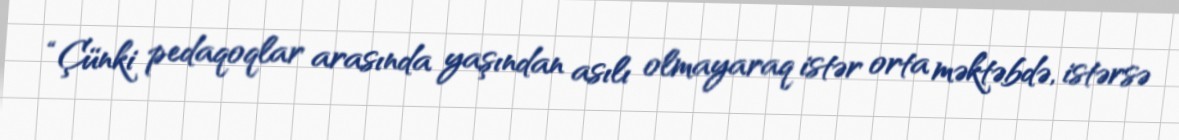
“Çünki pedaqoqlar arasında yaşından asılı olmayaraq istər orta məktəbdə, istərsə